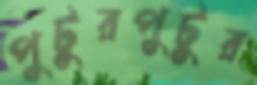
পুটুরপুটুর